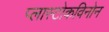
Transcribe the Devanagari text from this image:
प्लास्टोकविनोन